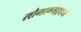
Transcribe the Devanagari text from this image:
सौभाग्यहृदय